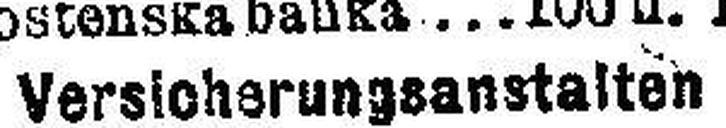
Versicherungsanstalten